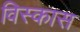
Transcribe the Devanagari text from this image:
विस्कास